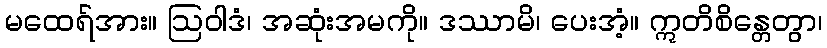
မထေရ်အား။ ဩဝါဒံ၊ အဆုံးအမကို။ ဒဿာမိ၊ ပေးအံ့။ ဣတိစိန္တေတွာ၊